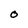
Character: 0